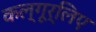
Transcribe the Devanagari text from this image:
कल्गूर्लिए